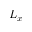
L _ { x }